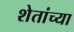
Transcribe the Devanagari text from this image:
शेतांच्या